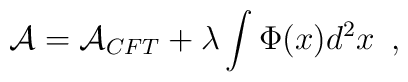
{\cal A} = {\cal A}_{CFT} + \lambda \int \Phi(x) d^2x \,\,\, ,